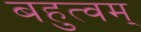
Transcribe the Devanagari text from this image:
बहुत्वम्